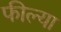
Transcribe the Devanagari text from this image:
फील्या